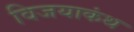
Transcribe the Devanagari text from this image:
विजयाकंथ